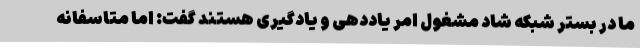
ما در بستر شبکه شاد مشغول امر یاددهی و یادگیری هستند گفت: اما متاسفانه